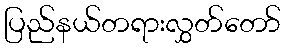
ပြည်နယ်တရားလွှတ်တော်